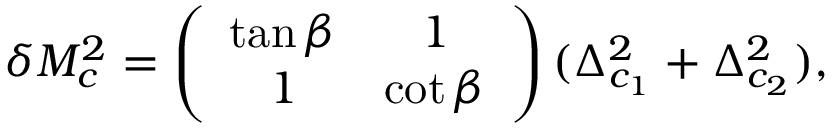
\delta M _ { c } ^ { 2 } = \left( \begin{array} { c c } { { \tan \beta } } & { { 1 } } \\ { { 1 } } & { { \cot \beta } } \end{array} \right) ( \Delta _ { c _ { 1 } } ^ { 2 } + \Delta _ { c _ { 2 } } ^ { 2 } ) ,